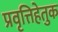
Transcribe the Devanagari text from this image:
प्रवृत्तिहेतुक